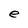
Character: e